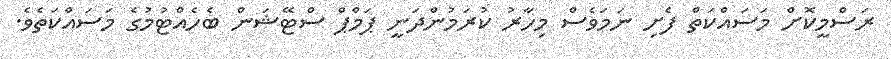
ރަސްމީކޮށް މަސައްކަތް ފެށި ނަމަވެސް މިހާރު ކުރަމުންދަނީ ޕަމްޕް ސްޓޭޝަން ބެހެއްޓުމުގެ މަސައްކަތެވެ.